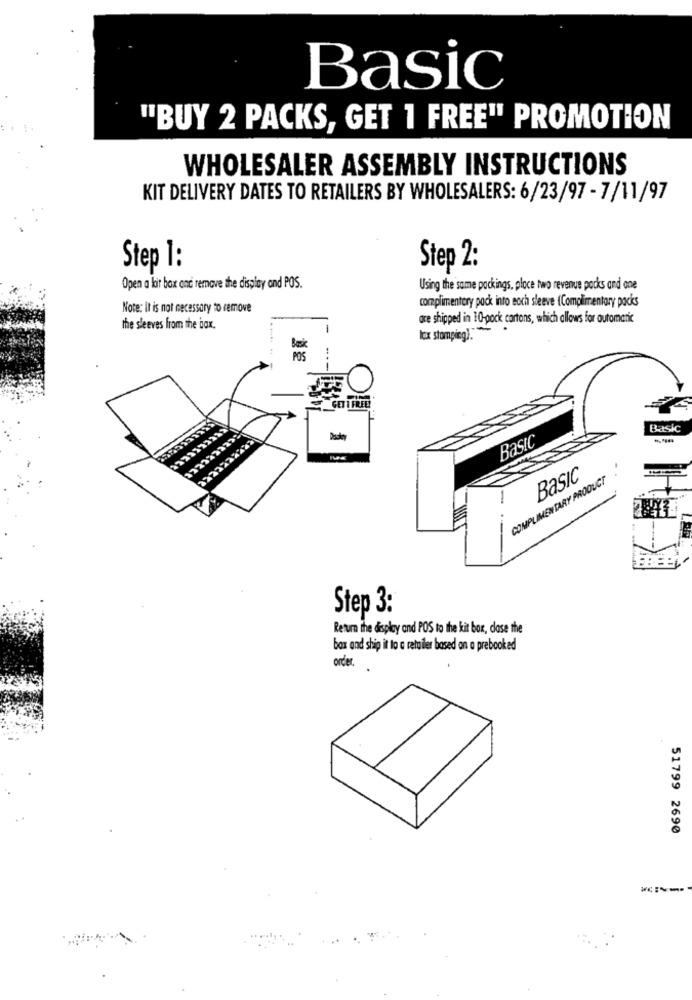
Basic
"BUY 2 PACKS, GET 1 FREE" PROMOTION
WHOLESALER ASSEMBLY INSTRUCTIONS
KIT DELIVERY DATES TO RETAILERS BY WHOLESALERS: 6/23/97 - 7/11/97
Step 1:
Step 2:
Open a lait box and remove the display and POS.
Using the same packings, ploce two revenue packs and one
complimentary pock into eoch sleeve (Complimentary packs
Note: It is not necessary to remove
are shipped in 10-pock cartons, which allows for automatic
the sleeves from the bax.
POS
GET 1 FREE
Basic
Basic
COMPLIMENTARY PRODUCT
Basic
-
.1
Step 3:
Return the display and POS to the kit bor, dase the
box and ship it to a retailer based on o prebooked
order. .
51799 2690